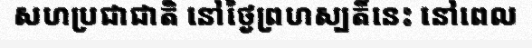
សហប្រជាជាតិ នៅថ្ងៃព្រហស្បតិ៍នេះ នៅពេល